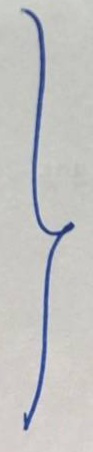
}